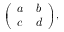
\scriptstyle { \left( \begin{array} { l l } { a } & { b } \\ { c } & { d } \end{array} \right) } ,